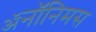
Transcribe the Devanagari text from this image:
ॲनॉनिमस